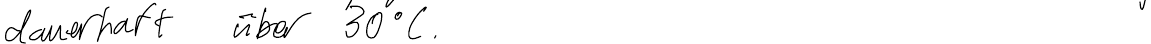
dauerhaft über 30°C.